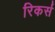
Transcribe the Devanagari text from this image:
रिकर्स